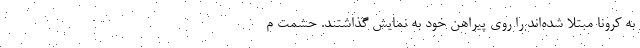
به کرونا مبتلا شده‌اند را روی پیراهن خود به نمایش گذاشتند. حشمت م